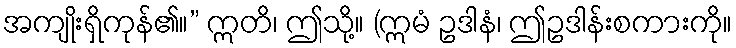
အကျိုးရှိကုန်၏။” ဣတိ၊ ဤသို့။ (ဣမံ ဥဒါနံ၊ ဤဥဒါန်းစကားကို။